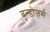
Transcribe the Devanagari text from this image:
बुल्डोज़र्स